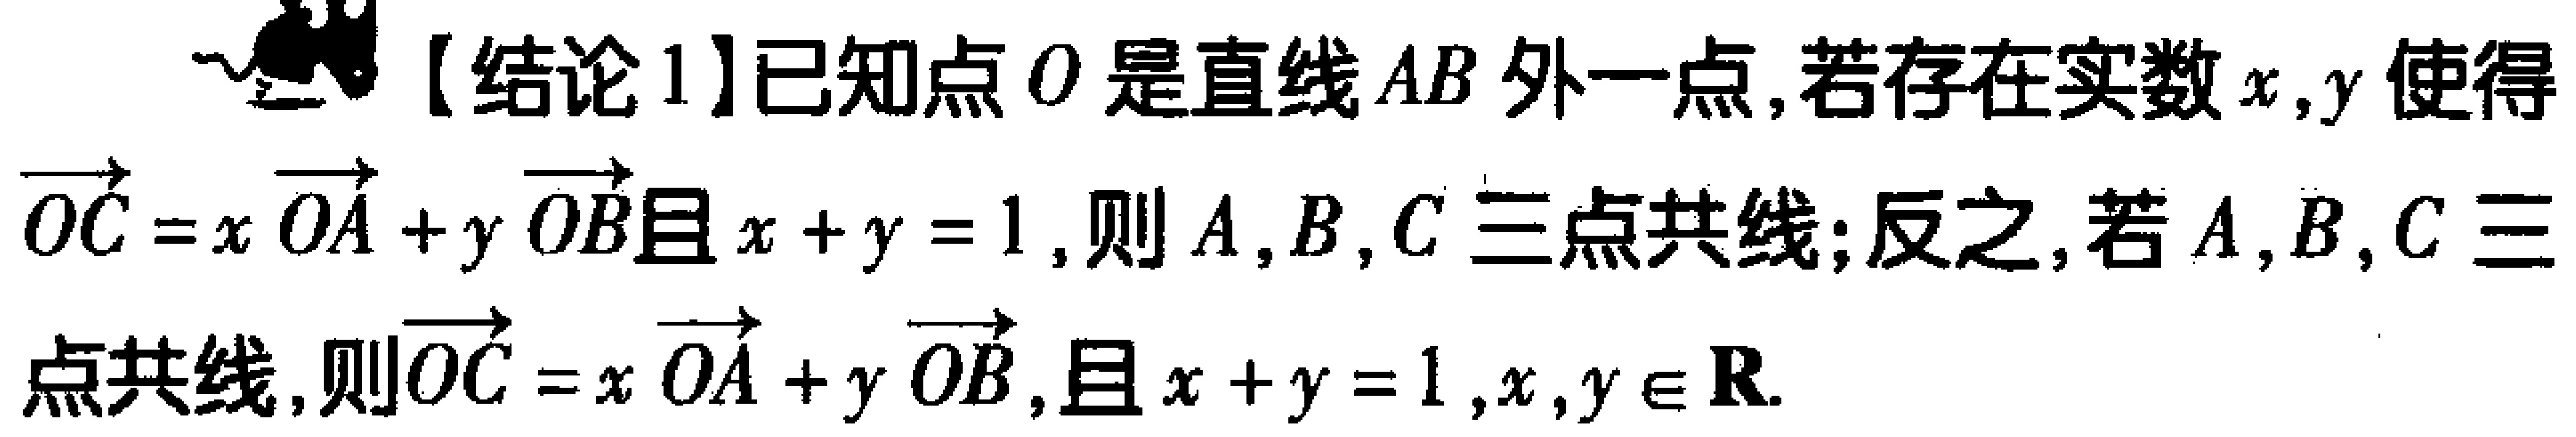
【结论1】已知点 \(O\) 是直线 \(AB\) 外一点，若存在实数 \(x,y\) 使得\(\overrightarrow{OC}=x\overrightarrow{OA} + y\overrightarrow{OB}\)且 \(x + y = 1\)，则 \(A,B,C\) 三点共线；反之，若 \(A,B,C\) 三点共线，则\(\overrightarrow{OC}=x\overrightarrow{OA} + y\overrightarrow{OB}\)，且 \(x + y = 1\)，\(x,y\in \mathbf{R}\).